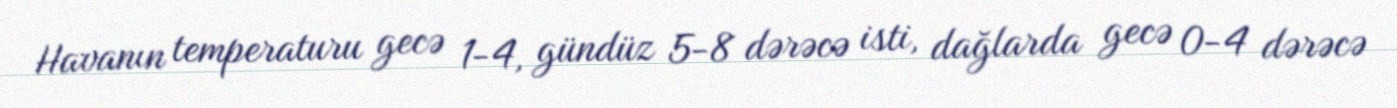
Havanın temperaturu gecə 1-4, gündüz 5-8 dərəcə isti, dağlarda gecə 0-4 dərəcə